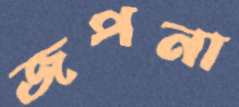
জপনা